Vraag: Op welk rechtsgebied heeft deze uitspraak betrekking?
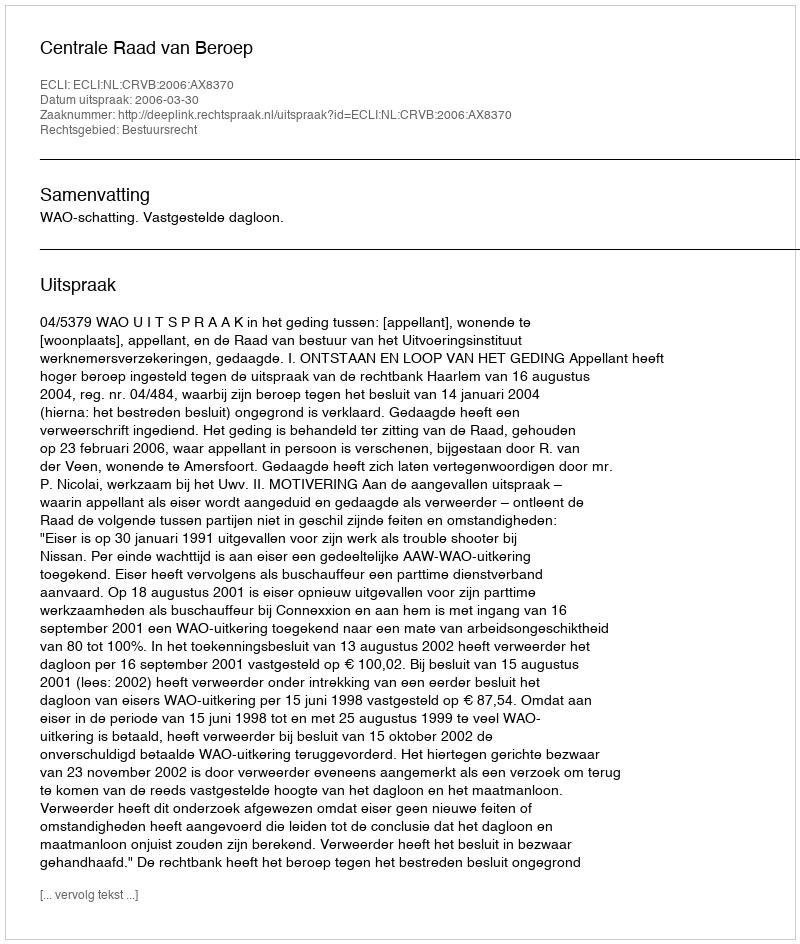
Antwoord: Bestuursrecht